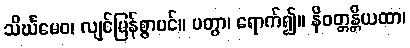
သိင်္ဃမေဝ၊ လျင်မြန်စွာပင်။ ပတွာ၊ ရောက်၍။ နိဝတ္တန္တိယထာ၊